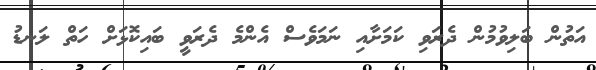
އަތުން ބަލިވުމުން ދެރަވި ކަމަށާއި ނަމަވެސް އެންމެ ދެރަވީ ބައިކޮޅަށް ހަތް ލަނޑު